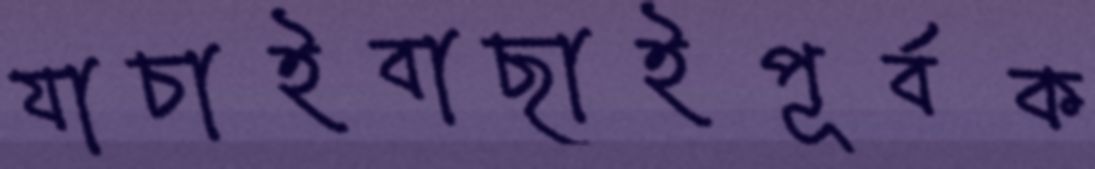
যাচাইবাছাইপূর্বক